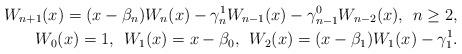
LaTeX: \begin{align*}W_{n+1}(x)=(x-\beta_{n})W_{n}(x)-\gamma_{n}^{1}W_{n-1}(x)-\gamma_{n-1}^{0}W_{n-2}(x),\:\: n \geq 2,\\ W_{0}(x)=1,\:\: W_{1}(x)=x-\beta_{0},\:\:W_{2}(x)=(x-\beta_{1})W_{1}(x)-\gamma_{1}^{1}.\end{align*}